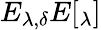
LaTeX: E_{\lambda,\delta}E[_{\lambda}]